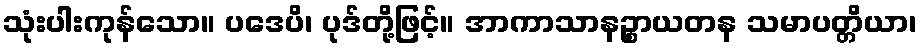
သုံးပါးကုန်သော။ ပဒေပိ၊ ပုဒ်တို့ဖြင့်။ အာကာသာနဉ္စာယတန သမာပတ္တိယာ၊